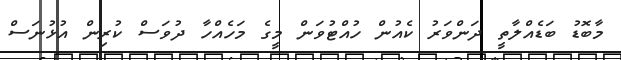
މާބޮޑު ބަޑެއްލާތީ ދަންވަރު ކެއުން ހުއްޓުވަން މީގެ މަހެއްހާ ދުވަސް ކުރިން އުޅުނަސް